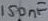
Text: 150nF